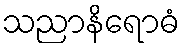
သညာနိရောဓံ